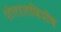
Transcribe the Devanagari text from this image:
शेतातविशेष